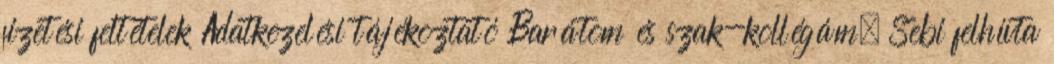
fizetési feltételek Adatkezelési tájékoztató Barátom és szak-kollégám. Sebi felhívta